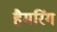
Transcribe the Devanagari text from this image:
हैमरिंग